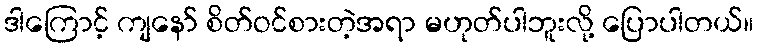
ဒါကြောင့် ကျနော် စိတ်ဝင်စားတဲ့အရာ မဟုတ်ပါဘူးလို့ ပြောပါတယ်။